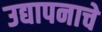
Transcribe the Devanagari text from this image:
उद्यापनाचे